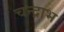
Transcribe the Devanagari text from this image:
चन्द्राभ